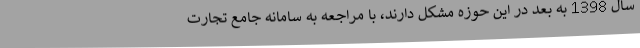
سال 1398 به بعد در این حوزه مشکل دارند، با مراجعه به سامانه جامع تجارت